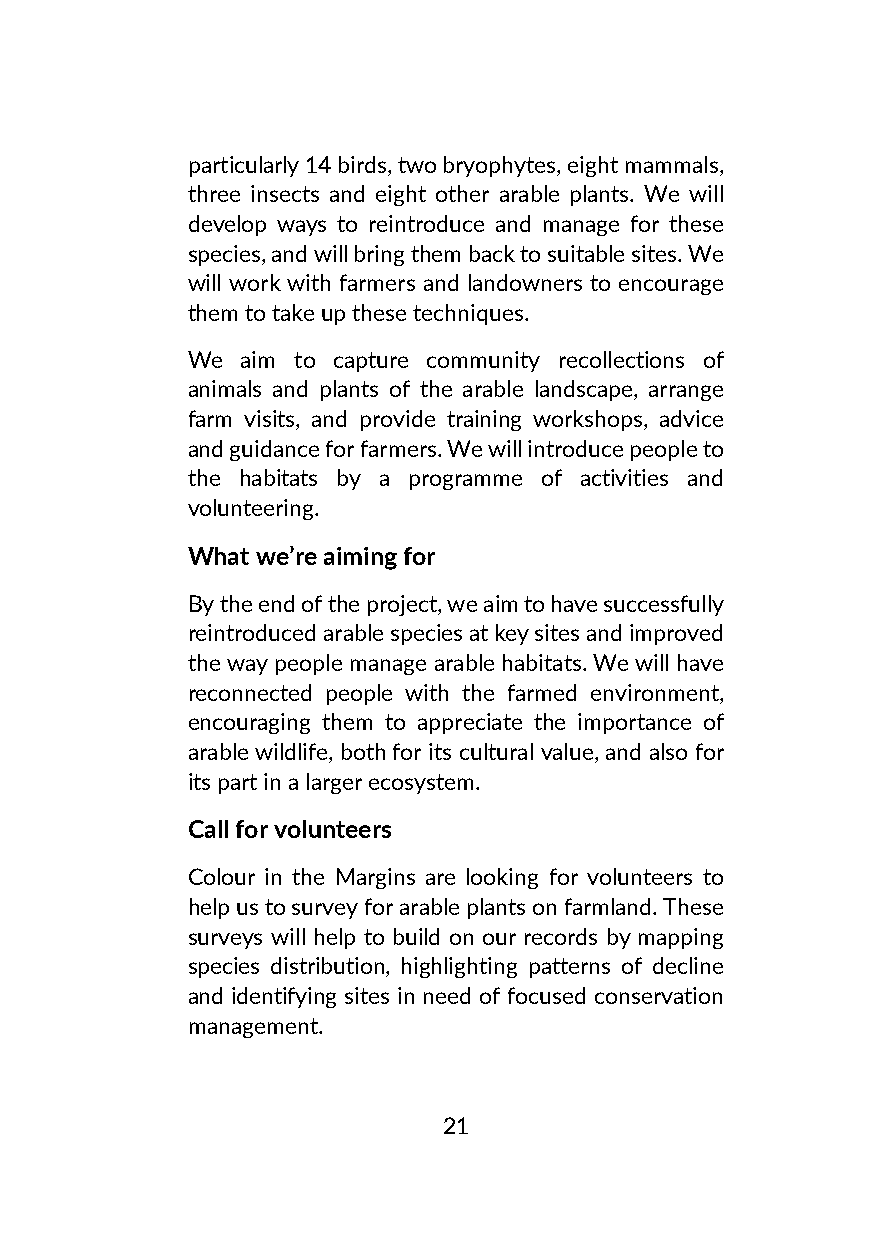
particularly 14 birds, two bryophytes, eight mammals,
 three insects and eight other arable plants. We will
 develop ways to reintroduce and manage for these
 species, and will bring them back to suitable sites. We
 will work with farmers and landowners to encourage
 them to take up these techniques.
 We  aim to capture community recollections of
 animals and plants of the arable landscape, arrange
 farm visits, and provide training workshops, advice
 and guidance for farmers. We will introduce people to
 the habitats by a programme of activities and
 volunteering.
 What we’re aiming for
 By the end of the project, we aim to have successfully
 reintroduced arable species at key sites and improved
 the way people manage arable habitats. We will have
 reconnected people with the farmed environment,
 encouraging them to appreciate the importance of
 arable wildlife, both for its cultural value, and also for
 its part in a larger ecosystem.
 Call for volunteers
 Colour in the Margins are looking for volunteers to
 help us to survey for arable plants on farmland. These
 surveys will help to build on our records by mapping
 species distribution, highlighting patterns of decline
 and identifying sites in need of focused conservation
 management.
 21